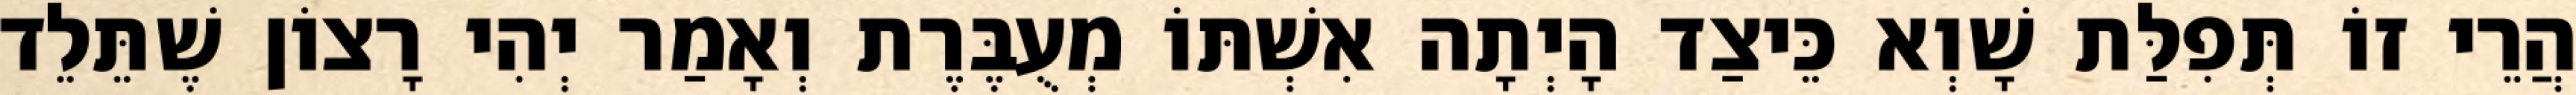
הֲרֵי זוֹ תְּפִלַּת שָׁוְא כֵּיצַד הָיְתָה אִשְׁתּוֹ מְעֻבֶּרֶת וְאָמַר יְהִי רָצוֹן שֶׁתֵּלֵד